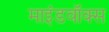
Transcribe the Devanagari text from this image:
माइंडवॉक्स